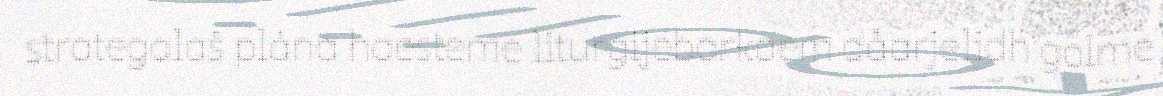
strategalaš plána haesteme liturgijebarkoem dåarjelidh golme